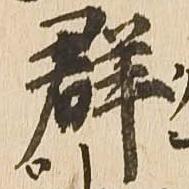
群